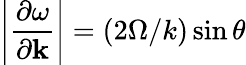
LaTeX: \left|\frac{\partial\omega}{\partial\mathbf{k}}\right|=(2\Omega/k)\sin\theta